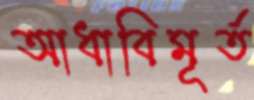
আধাবিমূর্ত